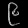
Digit: ၉